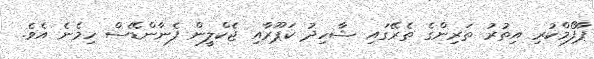
ޕާފޯމްކުރި އިތުރު ތަރިންގެ ތެރޭގައި ޝާހިދު ކަޕޫރާއި ޖެކްލީން ފެނާންޑޭސް ހިމެނެ އެވެ.